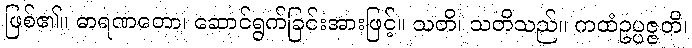
ဖြစ်၏။ ဓာရဏတော၊ ဆောင်ရွက်ခြင်းအားဖြင့်။ သတိ၊ သတိသည်။ ကထံဥပ္ပဇ္ဇတိ၊